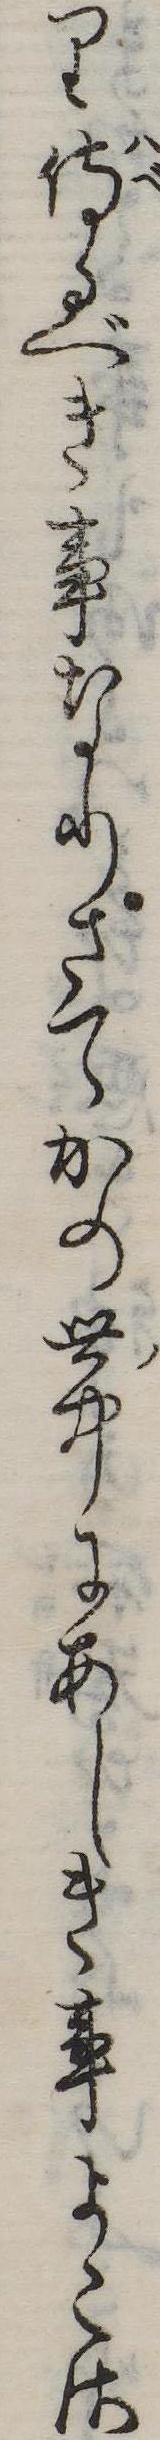
り侍るべき事なりさてかの世中にあしき事よこさ